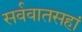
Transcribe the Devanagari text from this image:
सर्ववातसहां